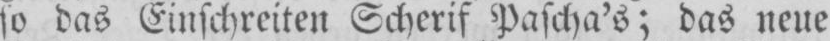
so das Einschreiten Scherif Pascha’s; das neue